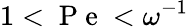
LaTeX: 1<\mathrm{~P~e~}<\omega^{-1}